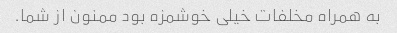
به همراه مخلفات خیلی خوشمزه بود ممنون از شما.